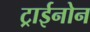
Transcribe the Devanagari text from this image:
ट्राईनोन